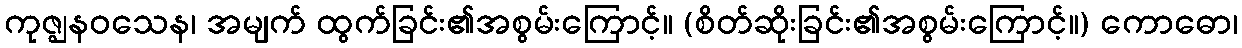
ကုဇ္ဈနဝသေန၊ အမျက် ထွက်ခြင်း၏အစွမ်းကြောင့်။ (စိတ်ဆိုးခြင်း၏အစွမ်းကြောင့်။) ကောဓော၊